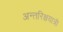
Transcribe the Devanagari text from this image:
अन्तरिक्षयात्री